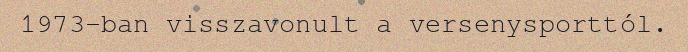
1973-ban visszavonult a versenysporttól.